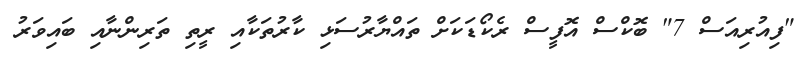
"ފިއުރިއަސް 7" ބޮކްސް އޮފީސް ރެކޯޑަކަށް ތައްޔާރުސަޅި ކާރުތަކާއި ރީތި ތަރިންނާއި ބައިވަރު